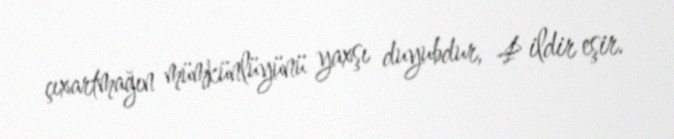
çıxartmağın mümkünlüyünü yaxşı duyubdur, 4 ildir eşir.